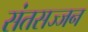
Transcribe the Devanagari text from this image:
संतसज्जन